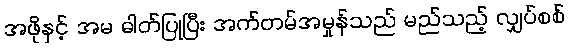
အဖိုနှင့် အမ ဓါတ်ပြုပြီး အက်တမ်အမှုန်သည် မည်သည့် လျှပ်စစ်